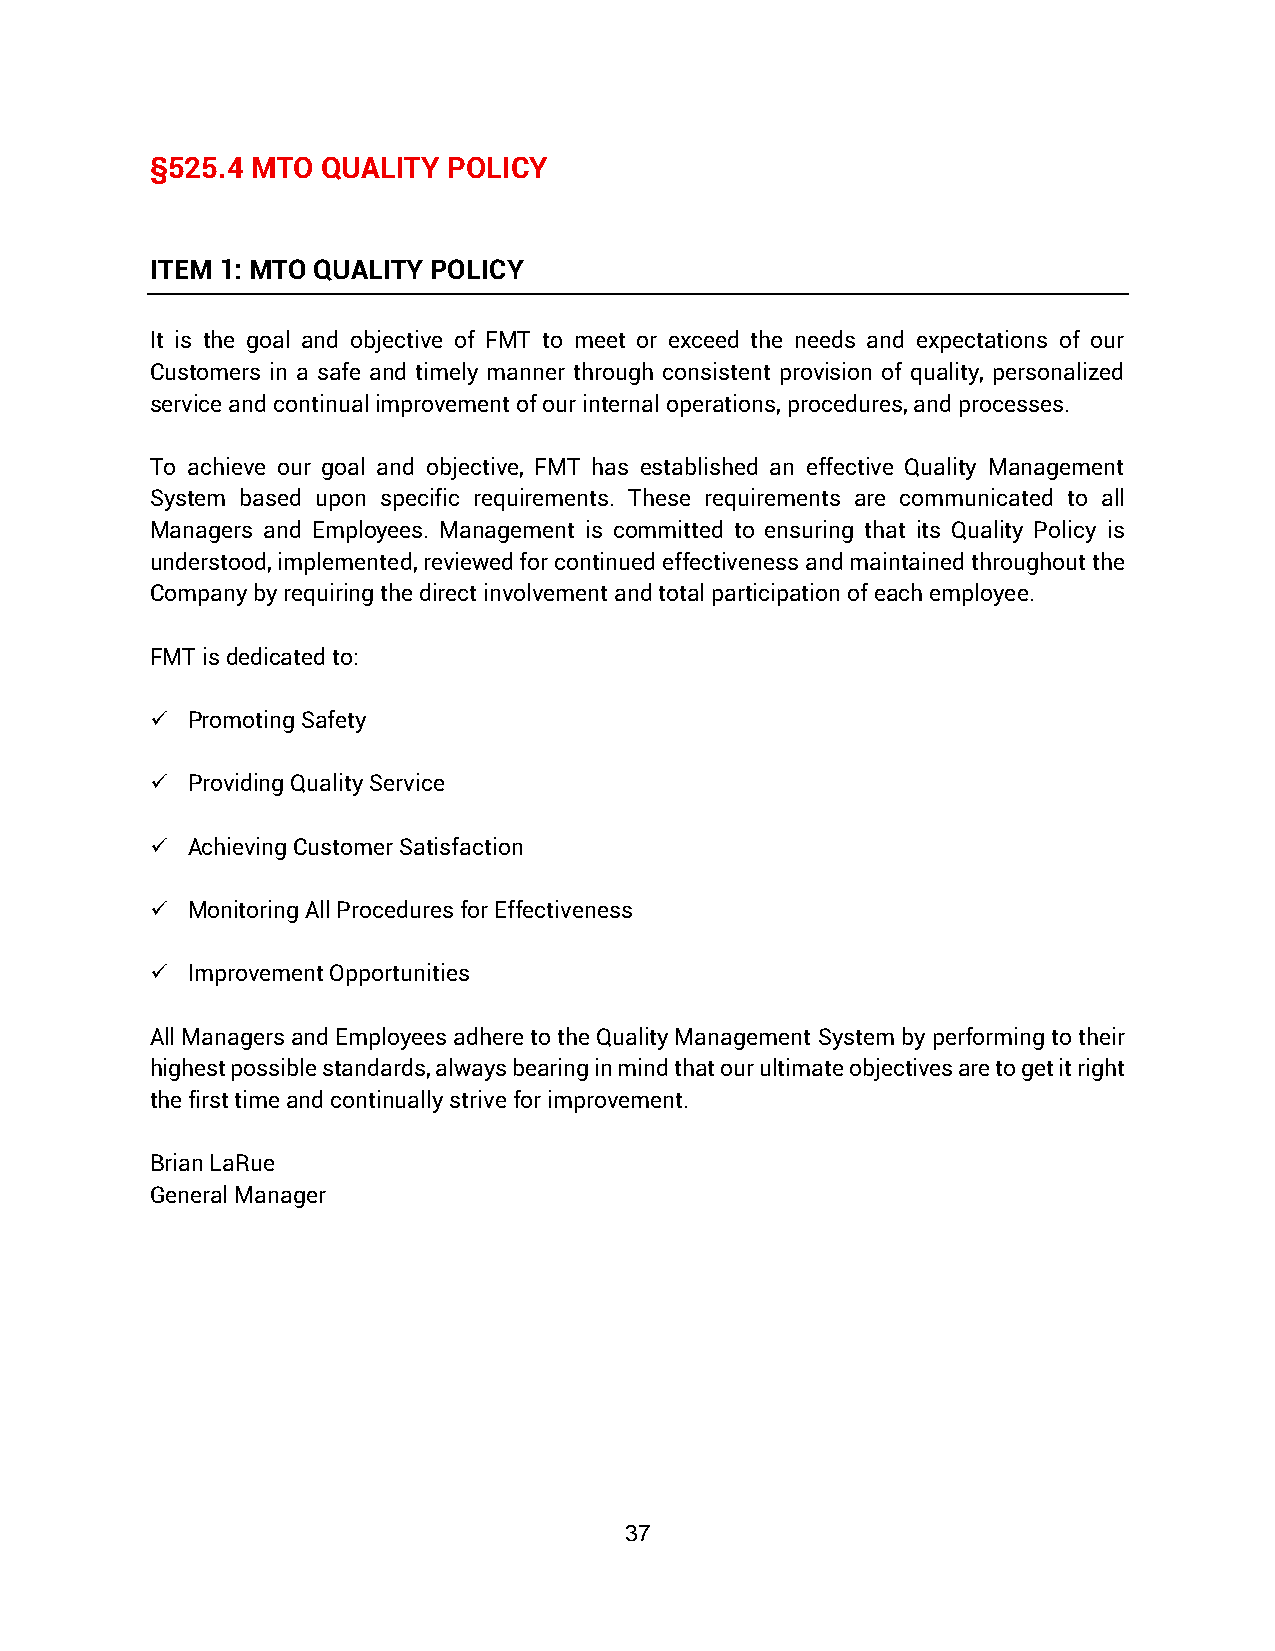
§525.4 MTO QUALITY  POLICY
 ITEM 1: MTO QUALITY POLICY
 It is the goal and objective of FMT to meet or exceed the needs and expectations of our
 Customers in a safe and timely manner through consistent provision of quality, personalized
 service and continual improvement of our internal operations, procedures, and processes.
 To achieve our goal and objective, FMT has established an effective Quality Management
 System based upon specific requirements. These requirements are communicated to all
 Managers and Employees. Management is committed to ensuring that its Quality Policy is
 understood, implemented, reviewed for continued effectiveness and maintained throughout the
 Company by requiring the direct involvement and total participation of each employee.
 FMT is dedicated to:
 ✓ Promoting Safety
 ✓ Providing Quality Service
 ✓ Achieving Customer Satisfaction
 ✓ Monitoring All Procedures for Effectiveness
 ✓ Improvement Opportunities
 All Managers and Employees adhere to the Quality Management System by performing to their
 highest possible standards, always bearing in mind that our ultimate objectives are to get it right
 the first time and continually strive for improvement.
 Brian LaRue
 General Manager
 37